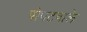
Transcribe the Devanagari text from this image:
पोपटवाले